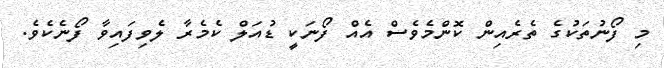
މި ފޯނުތަކުގެ ތެރެއިން ކޮންމެވެސް އެއް ފޯނަކީ ޑުއަލް ކެމެރާ ލެވިފައިވާ ފޯނެކެވެ.